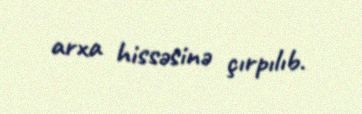
arxa hissəsinə çırpılıb.